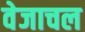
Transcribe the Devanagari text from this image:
वेजाचल